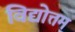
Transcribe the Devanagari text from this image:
विद्योत्तम